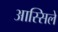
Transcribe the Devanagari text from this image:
आस्सिले